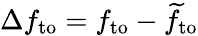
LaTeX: \Delta f_{\mathrm{to}}=f_{\mathrm{to}}-\widetilde{f}_{\mathrm{to}}